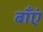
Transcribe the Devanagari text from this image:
बाँएं